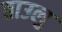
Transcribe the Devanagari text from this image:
ताउलु